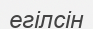
егілсін